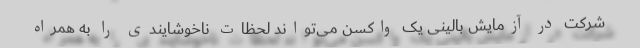
شرکت در آزمایش بالینی یک واکسن می‌تواند لحظات ناخوشایندی را به همراه